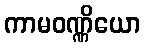
ကာမဝဏ္ဏိယော